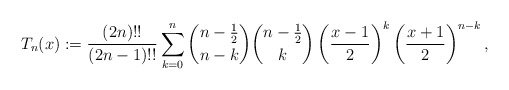
\begin{align*}T_{n}(x):=\frac{(2n)!!}{(2n-1)!!}\sum_{k=0}^{n}\binom{n-\frac{1}{2}}{n-k}\binom{n-\frac{1}{2}}{k}\left(\frac{x-1}{2}\right)^{k}\left(\frac{x+1}{2}\right)^{n-k},\end{align*}